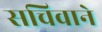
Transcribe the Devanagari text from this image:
सचिवाने